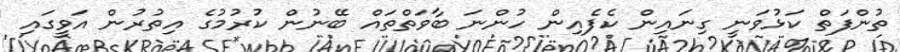
ތުންފަތް ކަޅުވަނީ ގިނައިން ކެފެއިން ހުންނަ ބާވަތްތައް ބޭނުން ކުރުމުގެ އިތުރުން އަވީގައި